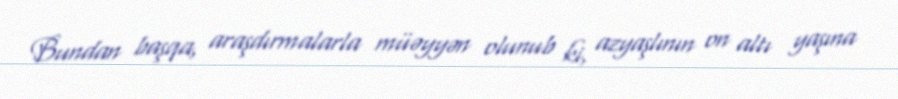
Bundan başqa, araşdırmalarla müəyyən olunub ki, azyaşlının on altı yaşına